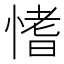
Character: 愭